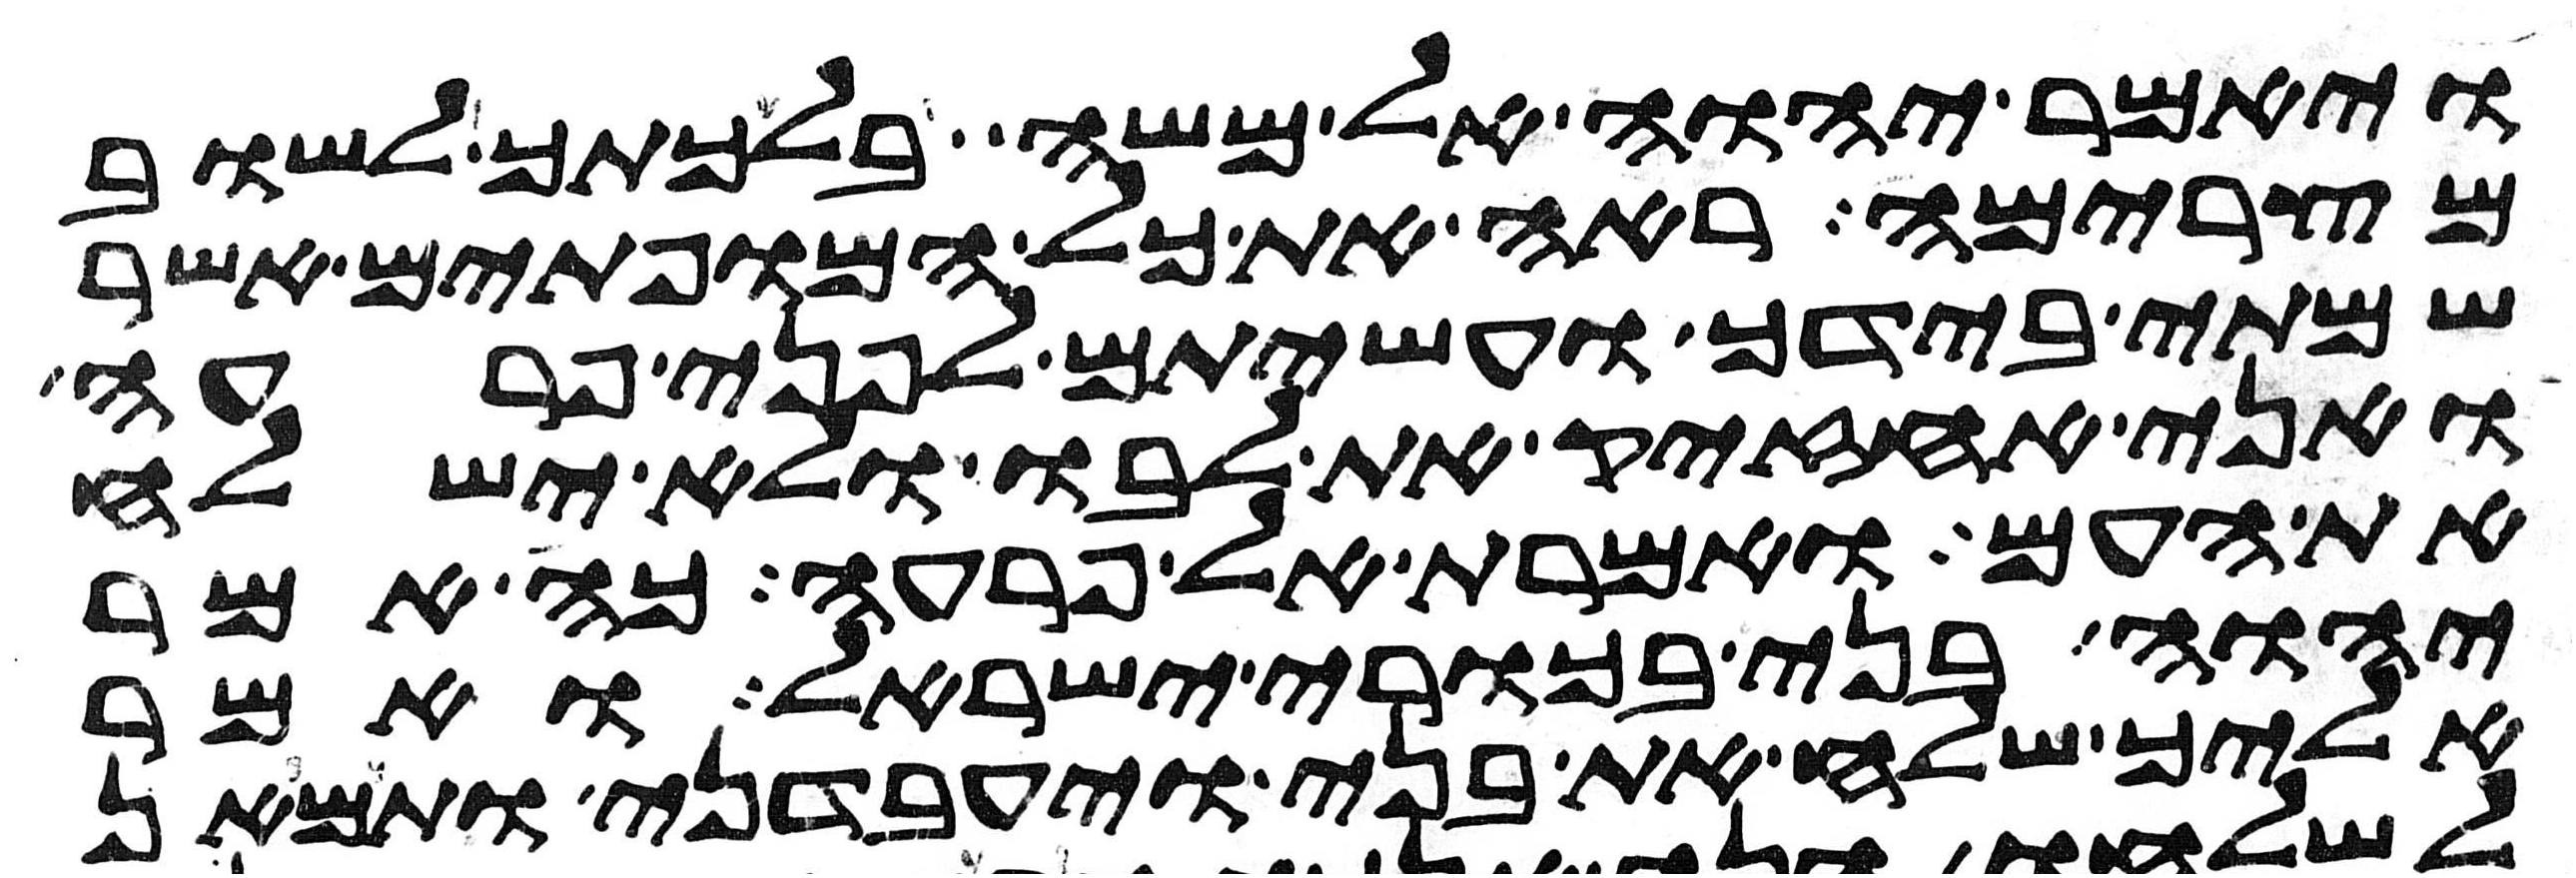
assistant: ויאמר יהוה אל משה בלכתך לשוב
מצרימה ראה את כל המופתים אשר
שמתי בידך ועשיתם לפני פרעה
ואני אחזיק את לבו ולא ישלח
את העם ואמרת אל פרעה כה אמר
יהוה בני בכורי ישראל ואמר
אליך שלח את בני ויעבדני ותמאן